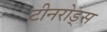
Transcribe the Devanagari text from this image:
टीनरोड्स